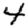
Digit: 4